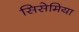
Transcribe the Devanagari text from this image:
सिसेमिया